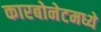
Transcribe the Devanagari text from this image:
कारबोनेटमध्ये